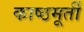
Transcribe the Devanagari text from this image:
काष्ठमूर्ती